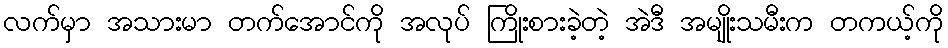
လက်မှာ အသားမာ တက်အောင်ကို အလုပ် ကြိုးစားခဲ့တဲ့ အဲဒီ အမျိုးသမီးက တကယ့်ကို